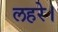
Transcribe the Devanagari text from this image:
लहरे।